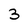
Character: 3